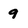
Character: 9